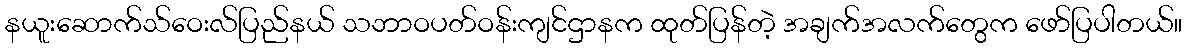
နယူးဆောက်သ်ဝေးလ်ပြည်နယ် သဘာဝပတ်ဝန်းကျင်ဌာနက ထုတ်ပြန်တဲ့ အချက်အလက်တွေက ဖော်ပြပါတယ်။